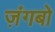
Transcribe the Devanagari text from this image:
ज़ंगबो